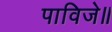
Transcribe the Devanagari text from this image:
पाविजे॥